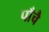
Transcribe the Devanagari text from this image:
पाँचै